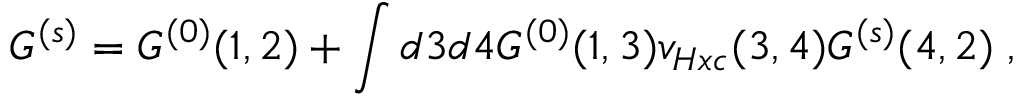
G ^ { ( s ) } = G ^ { ( 0 ) } ( 1 , 2 ) + \int d 3 d 4 G ^ { ( 0 ) } ( 1 , 3 ) v _ { H x c } ( 3 , 4 ) G ^ { ( s ) } ( 4 , 2 ) \; ,